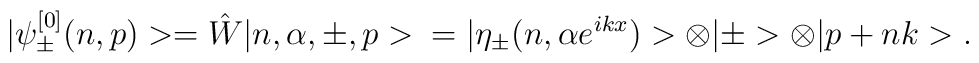
|\psi_\pm^{[0]}(n,p)>=\hat W |n,\alpha,\pm,p>\nonumber\\=|\eta_\pm(n,\alpha e^{ikx})>\otimes|\pm>\otimes|p+ n k>.